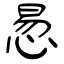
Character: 惖